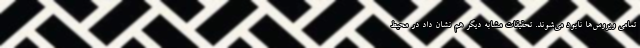
تمامی ویروس‌ها نابود می‌شوند. تحقیقات مشابه دیگر هم نشان داد در محیط